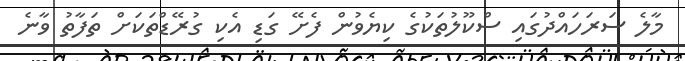
މާލެ ސަރަހައްދުގައި ސްކޫލުތަކުގެ ކިޔެވުން ފެށޭ ގަޑި އެކި ގުރޭޑްތަކަށް ތަފާތު ވާނެ